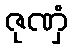
ဇုဏှံ